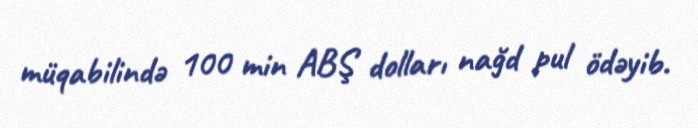
müqabilində 100 min ABŞ dolları nağd pul ödəyib.